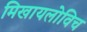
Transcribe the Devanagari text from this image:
मिखायलोविच